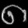
Digit: ၈